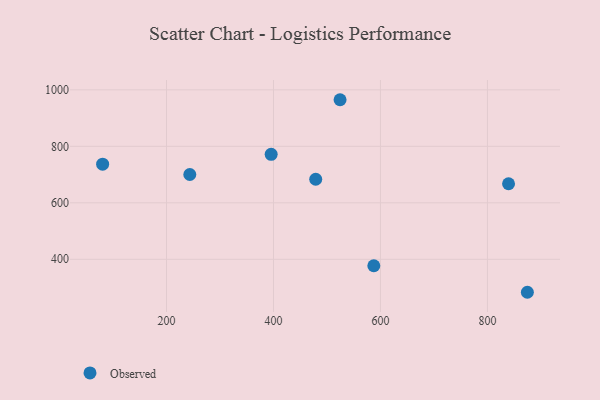
{"axis": {"x": "Investment", "y": "Rating"}, "legend": ["Observed"], "data": [{"x": "524.5", "y": 965.1, "type": "Observed"}, {"x": "243.6", "y": 700.3, "type": "Observed"}, {"x": "839.5", "y": 667.5, "type": "Observed"}, {"x": "874.7", "y": 283.2, "type": "Observed"}, {"x": "587.6", "y": 377.2, "type": "Observed"}, {"x": "479.0", "y": 683.5, "type": "Observed"}, {"x": "395.7", "y": 771.8, "type": "Observed"}, {"x": "80.6", "y": 736.9, "type": "Observed"}]}